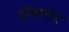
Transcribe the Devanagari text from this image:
ड़ोंकास्टर